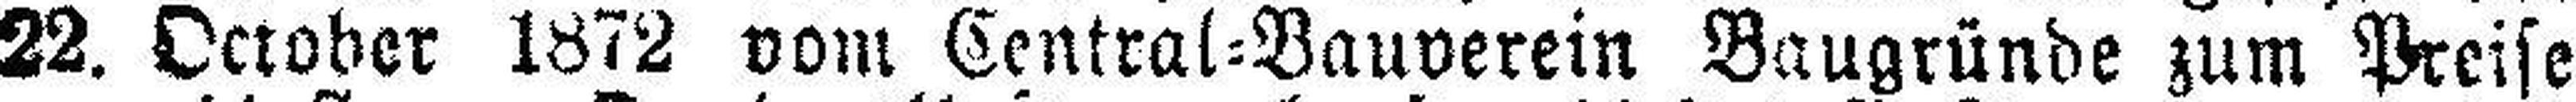
22. October 1872 vom Central=Bauverein Baugründe zum Preise